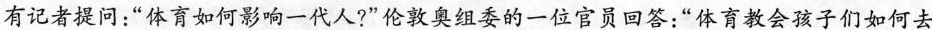
有记者提问：”体育如何影响一代人?”伦敦奥组委的一位官员回答：”体育教会孩子们如何去